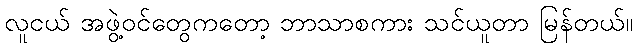
လူငယ် အဖွဲ့ဝင်တွေကတော့ ဘာသာစကား သင်ယူတာ မြန်တယ်။